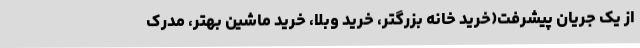
از یک جریان پیشرفت(خرید خانه بزرگتر، خرید وبلا، خرید ماشین بهتر، مدرک